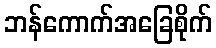
ဘန်ကောက်အခြေစိုက်